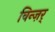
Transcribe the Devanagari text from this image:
विन्ज़र्